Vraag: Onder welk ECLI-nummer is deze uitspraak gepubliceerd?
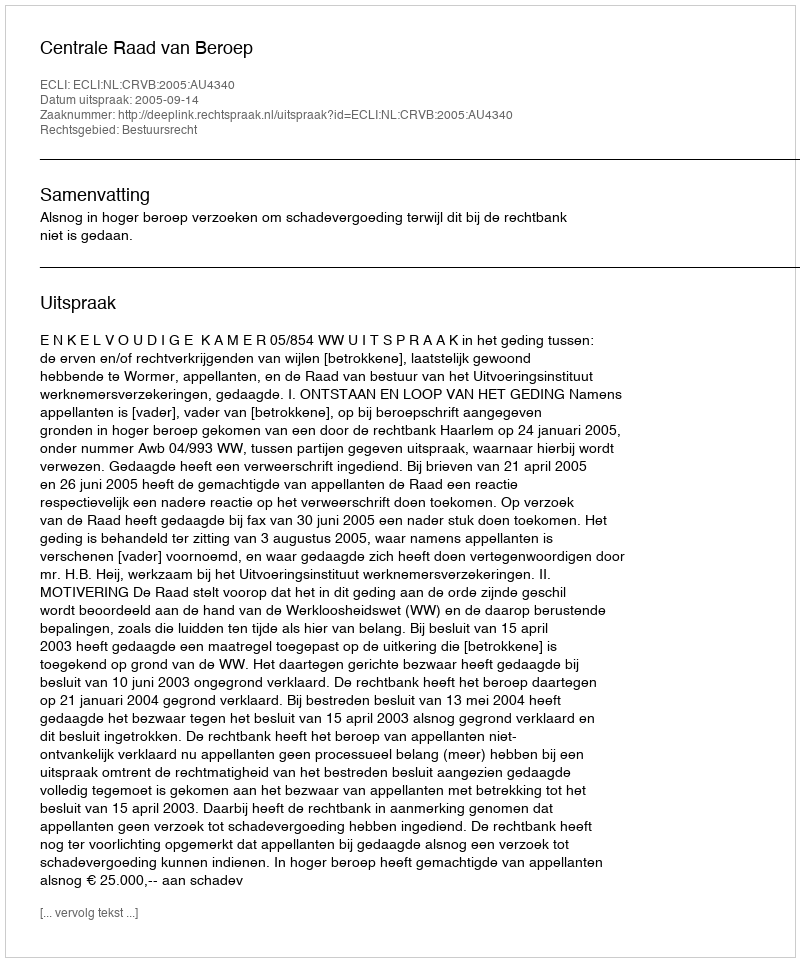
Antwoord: ECLI:NL:CRVB:2005:AU4340